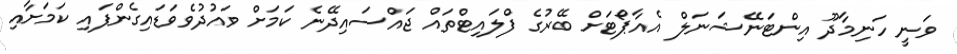
ވަނީ ހަނިމާދޫ އިންޓަނޭޝަނަލް އެއާޕޯޓަށް ބޭރުގެ ފްލައިޓްތައް ޖައްސައިދޭނެ ކަމަށް ވައުދުވެވަޑައިގެންފައި ކަމަށާއި